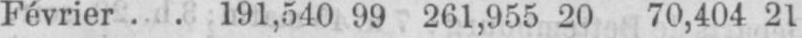
Février .. 191,540 99 261,955 20 70,404 21